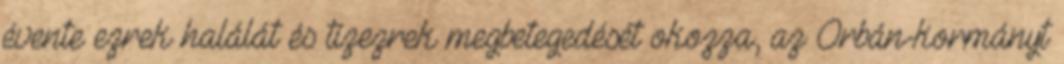
évente ezrek halálát és tízezrek megbetegedését okozza, az Orbán-kormányt